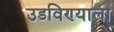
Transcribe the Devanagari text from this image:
उडविण्याला